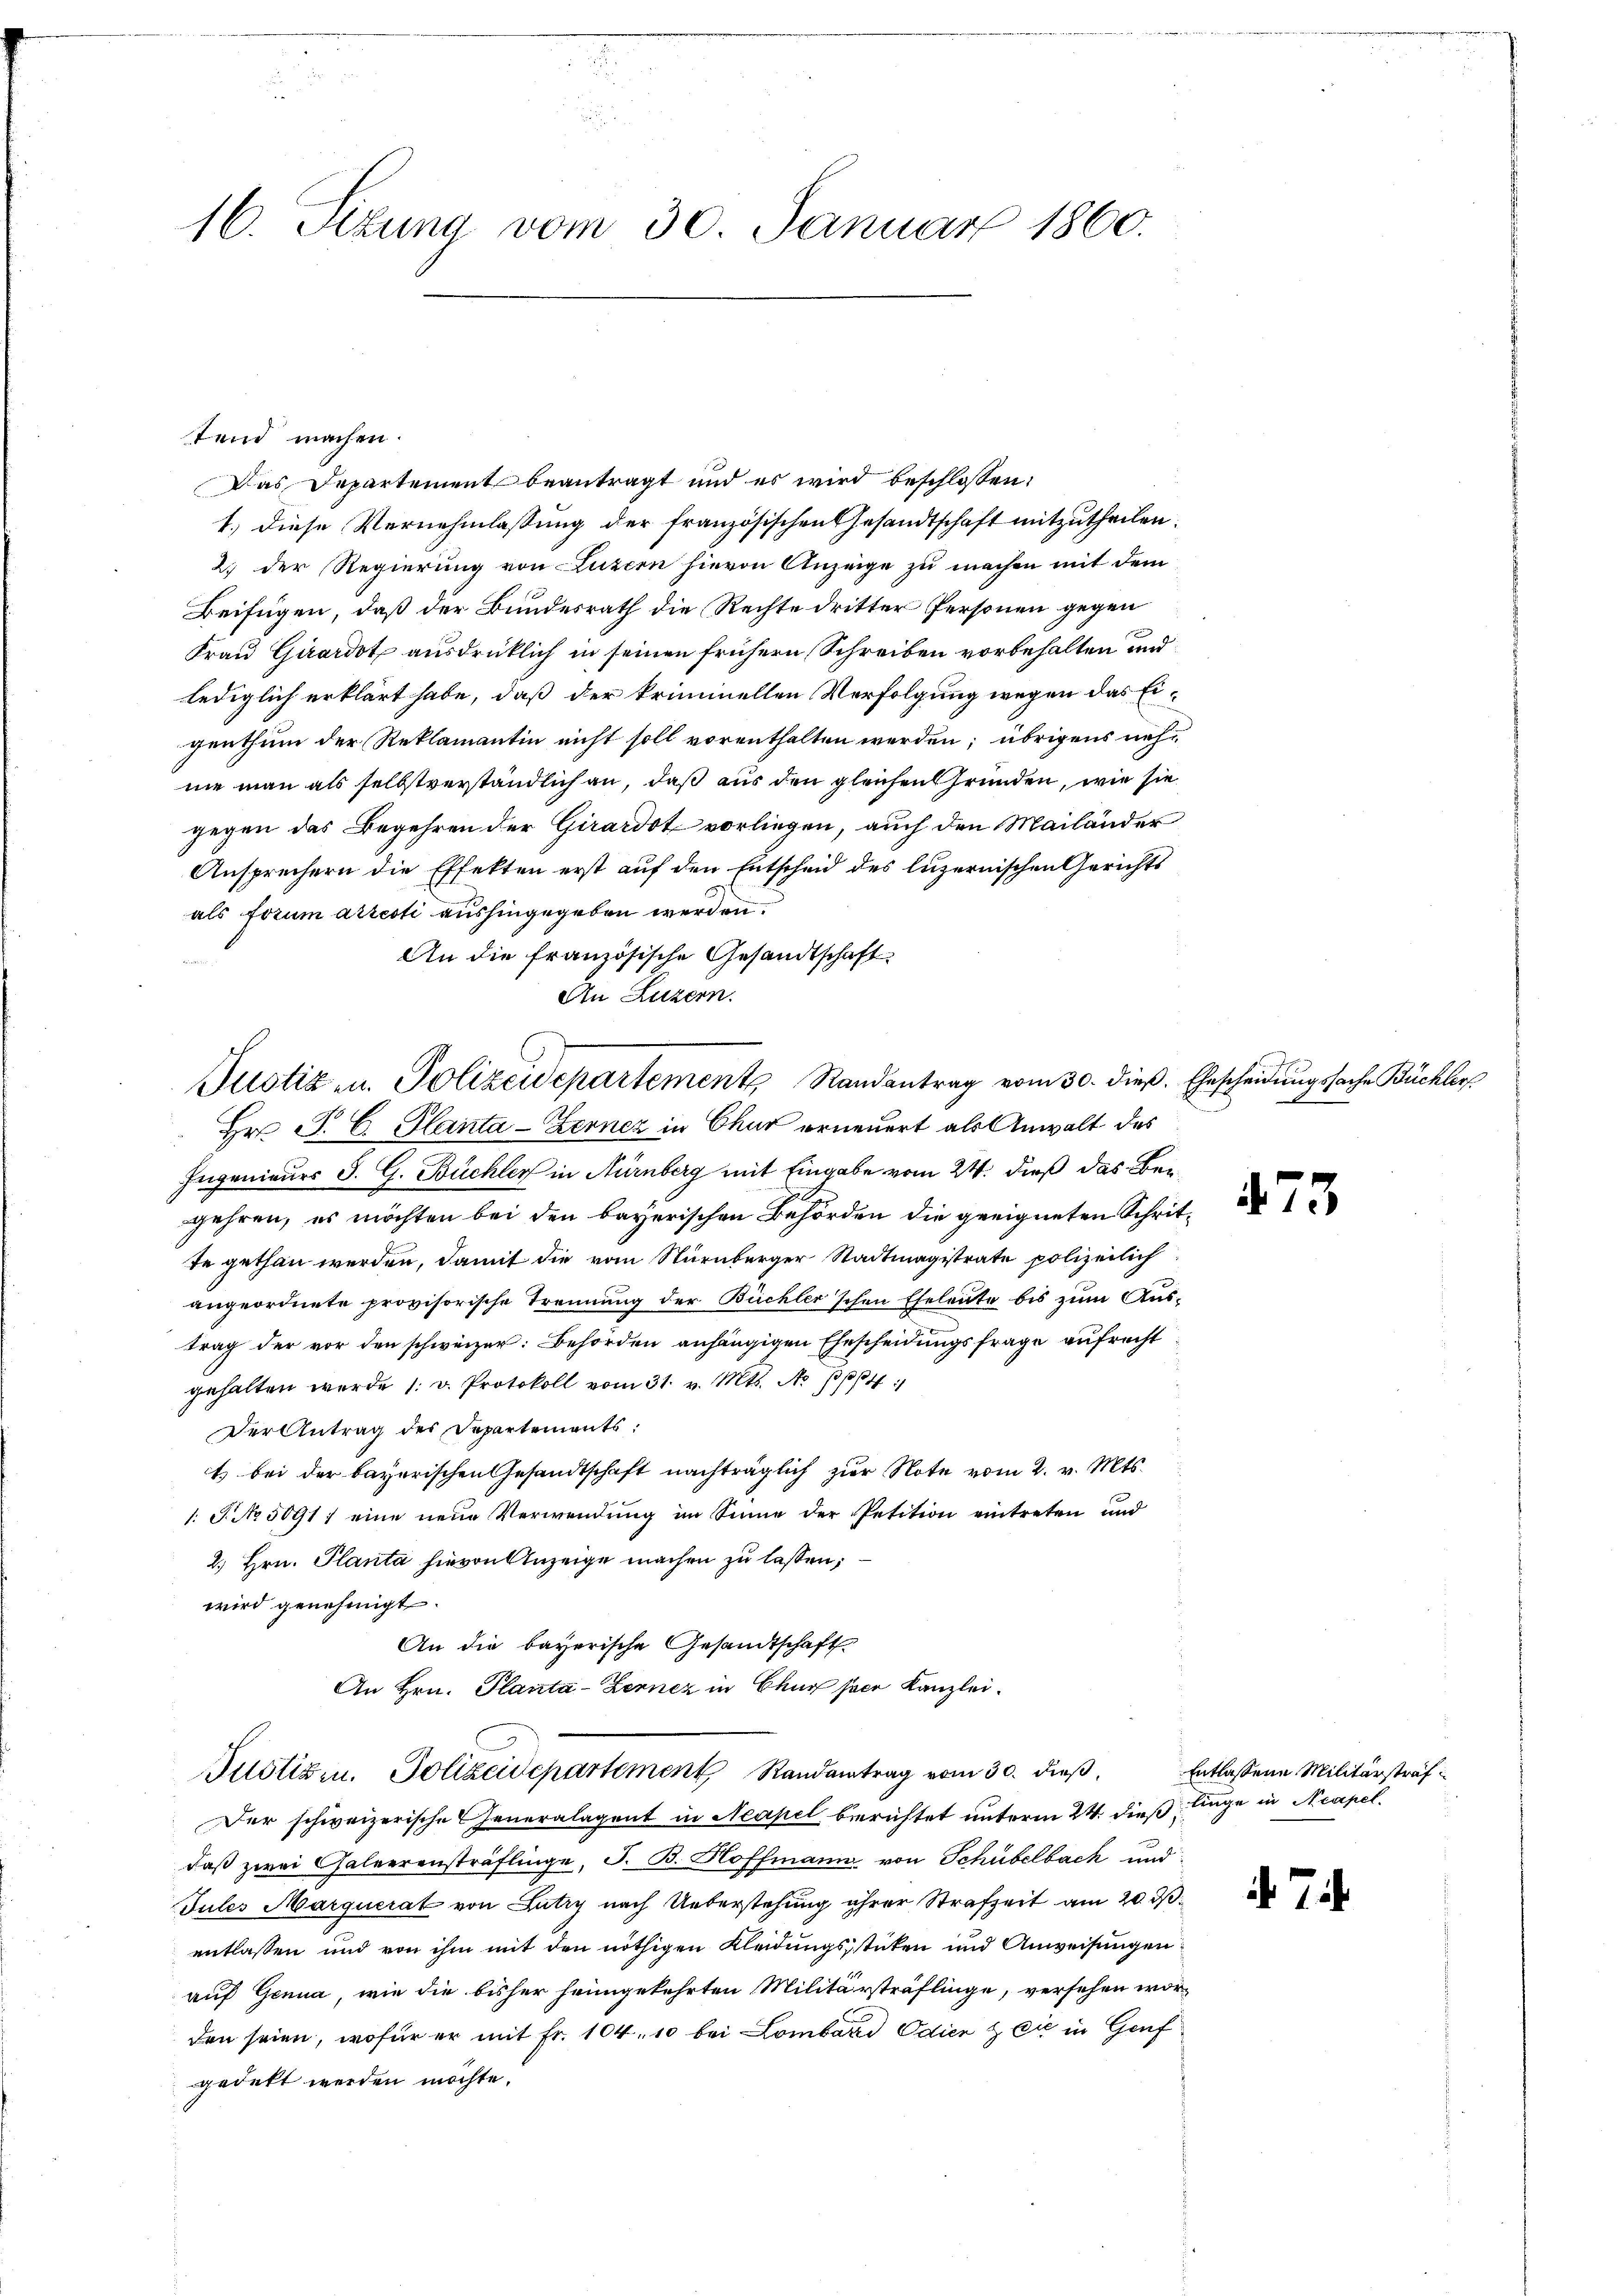
witte hat
.

16. Sezung vom 30. Januar 1860.

1.) Diese Vernehmlassung der französischen Gesandtschaft mitzutheilen.
2.) Der Regierung von Luzern hievon Anzeige zu machen mit dem
Beifügen, daß der Bundesrath die Rechte dritter Personen gegen
Frau Girardot ausdrücklich in seinen frühern Schreiben vorbehalten und
lediglich erklärt habe, daß der kriminellen Verfolgung wegen das Eigenthum der Reklamantin nicht soll vorenthalten werden; übrigens nehnie man als selbstverständlich an, daß aus den gleichen Gründen, wie sie
gegen das Begehren der Girardot vorliegen, auch den Mailänder
Ansprechern die Effekten erst auf den Entscheid des luzernischen Gerichts
als Forum arresti aushingegeben werden.
An die französische Gesandtschaft
An Luzern.
Ingenieurs J. G. Büchler in Nürnberg mit Eingabe vom 24. dieß das Begehren, es möchten bei den bayerischen Behörden die geeigneten Schritte gethan werden, damit die vom Stürnberger Stadtmagistrate polizeilich
angeordnete provisorische Trennung der Büchler'schen Eheleute bis zum Austrag der vor den schweizer: Behörden anhängigen Ehescheidungsfrage aufrecht
gehalten werde 1. v. Protokoll vom 31. v. Mts. No 34
Der Antrag des Departements:
t bei der bayerischen Gesandtschaft nachträglich zur Note vom 2. v. Mts.
1: P. No 5091; eine neue Verwendung im Sinne der Petition eintreten und
2.) Hrn. Planta hievon Anzeige machen zu lassen,
wird genehmigt.
An die bayerische Gesandtschaft
An Hrn. Planta-Zerner in Chur herr Kanzlei.
Justism. Polizeidepartement Randantrag vom 30. dieß,
Der schweizerische Generalagent in Neapel berichtet unterm 24. dieß linge in Neapel
daß zwei Chaleerensträflinge, J. B. Hoffmann von Schübelbach und
Jules Marquerat von Lutry nach Ueberstehung ihrer Strafzeit am 20. ds.
entlassen und von ihm mit den nöthigen Kleidungsstücken und Anweisungen
auf Genua, wie die bisher heimgekehrten Militärsträflinge, versehen worden seien, wofür er mit Fr. 104. 10 bei Lombard Odien & die in Genf
gedekt werden möchte.

tend machen.
Das Departement beantragt und es wird beschlossen:

Justiz u. Polizeidepartements Randantrag vom 30. dieβ. Ehescheidungssache Büchler
 Hr. J. C. Hanta-Kerner in Chur erneuert als Anwalt des

473

Entlassene Militärstraf

7